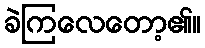
ခဲကြလေတော့၏။